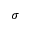
\sigma